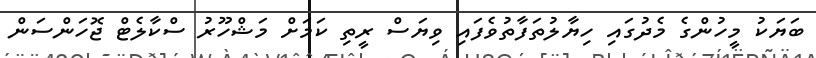
ބަޔަކު މީހުންގެ މެދުގައި ހިޔާލުތަފާތުވެފައި ވިޔަސް ރީތި ކަމަށް މަޝްހޫރު ސްކާލެޓް ޖޮހަންސަން